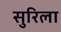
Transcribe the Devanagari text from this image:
सुरिला